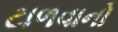
ટાળવાનો